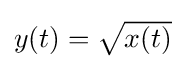
{\textstyle y(t)={\sqrt {x(t)}}}